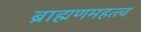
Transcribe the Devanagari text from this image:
ब्राह्मणमहत्त्व